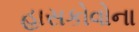
હાસકોવોના